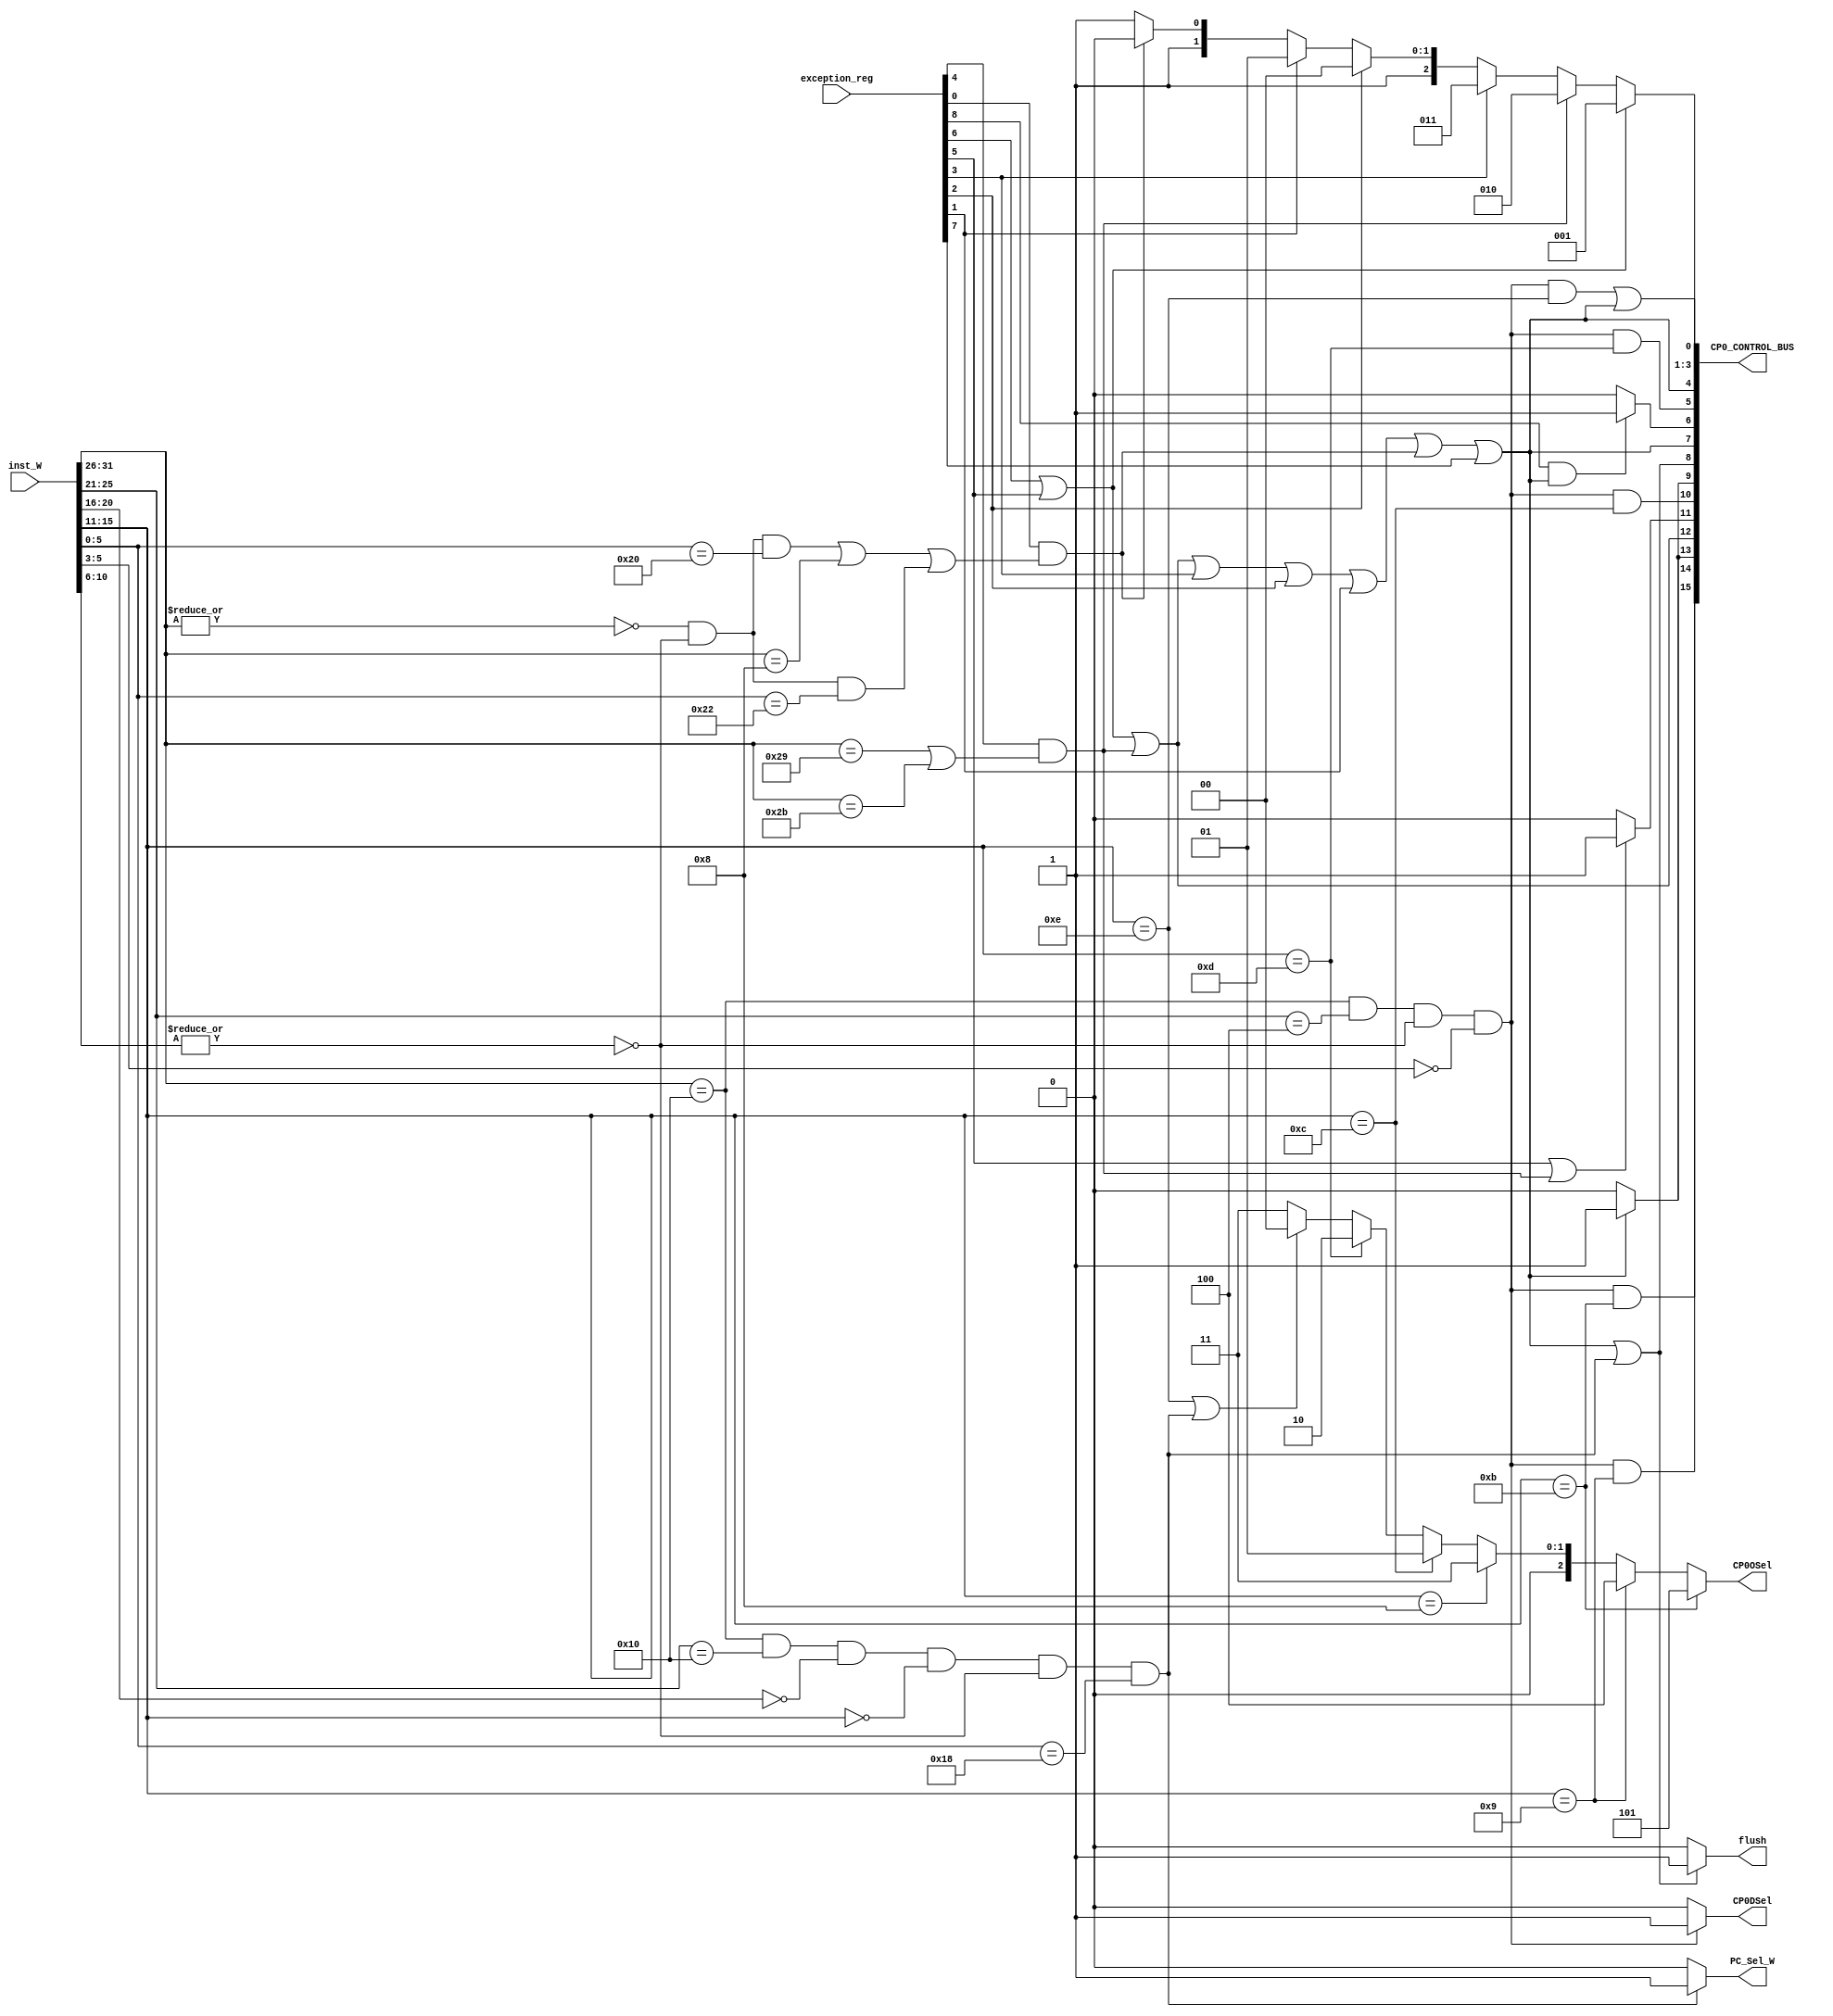
module CP0_Control(
    input [31:0] inst_W,
    input [8:0] exception_reg,
    output [15:0] CP0_CONTROL_BUS,
    output flush,
    output PC_Sel_W,
    output CP0DSel,
    output [2:0] CP0OSel
);
    `define rd 15 : 11
    //
        wire [5:0] op ;
        wire [4:0] sa ;
        wire [5:0] funct ;
        wire [4:0] rs ;
        wire [4:0] rt ;
        wire [4:0] rd ;
        assign op = inst_W[31:26] ;
        assign sa = inst_W[10:6] ;
        assign funct = inst_W[5:0] ;
        assign rs = inst_W[25:21] ;
        assign rt = inst_W[20:16] ;
        assign rd = inst_W[15:11] ;
        //
        wire inst_ADD , inst_ADDI , inst_ADDU , inst_ADDIU , inst_SUB , inst_SUBU ;
        wire inst_SLT , inst_SLTI , inst_SLTU , inst_SLTIU ;
        wire inst_DIV , inst_DIVU , inst_MULT , inst_MULTU ;
        wire inst_AND , inst_ANDI , inst_LUI , inst_NOR , inst_OR , inst_ORI , inst_XOR , inst_XORI ;
        wire inst_SLLV ,inst_SLL , inst_SRAV , inst_SRA , inst_SRLV , inst_SRL ;
        wire inst_BEQ , inst_BNE , inst_BGEZ , inst_BGTZ , inst_BLEZ , inst_BLTZ , inst_BGEZAL , inst_BLTZAL ;
        wire inst_J , inst_JAL , inst_JR , inst_JALR ;
        wire inst_MFHI , inst_MFLO , inst_MTHI , inst_MTLO ;
        wire inst_BREAK , inst_SYSCALL ;
        wire inst_LB , inst_LBU , inst_LH , inst_LHU , inst_LW , inst_SB , inst_SH ,inst_SW ;
        wire inst_ERET , inst_MFC0 , inst_MTC0 ;
        wire op_zero; //  0
        wire sa_zero; // sa  0
        assign op_zero = ~(|op);
        assign sa_zero = ~(|sa); 
        assign inst_ADD = op_zero & sa_zero & (funct == 6'b100000);//
        assign inst_ADDI = (op == 6'b001000);//
        assign inst_ADDU = op_zero & sa_zero & (funct == 6'b100001);//
        assign inst_ADDIU = (op == 6'b001001);//
        assign inst_SUB = op_zero & sa_zero & (funct == 6'b100010);//
        assign inst_SUBU = op_zero & sa_zero & (funct == 6'b100011);//
        assign inst_SLT = op_zero & sa_zero & (funct == 6'b101010);//
        assign inst_SLTI = (op == 6'b001010);//
        assign inst_SLTU = op_zero & sa_zero & (funct == 6'b101011);//
        assign inst_SLTIU = (op == 6'b001011);//
        assign inst_DIV = op_zero & sa_zero & (funct == 6'b011010) & (rd == 5'b0);//
        assign inst_DIVU = op_zero & sa_zero & (funct == 6'b011011) & (rd == 5'b0);//
        assign inst_MULT = op_zero & sa_zero & (funct == 6'b011000) & (rd == 5'b0);//
        assign inst_MULTU = op_zero & sa_zero & (funct == 6'b011001) & (rd == 5'b0);//
        assign inst_AND = op_zero & sa_zero & (funct == 6'b100100);//
        assign inst_ANDI = (op == 6'b001100);//
        assign inst_LUI = (op == 6'b001111) & (rs==5'd0);// 
        assign inst_NOR = op_zero & sa_zero & (funct == 6'b100111);//
        assign inst_OR = op_zero & sa_zero & (funct == 6'b100101);//
        assign inst_ORI = (op == 6'b001101);//
        assign inst_XOR = op_zero & sa_zero & (funct == 6'b100110);//
        assign inst_XORI = (op == 6'b001110);//
        assign inst_SLL = op_zero & (rs==5'd0) & (funct == 6'b000000);//
        assign inst_SLLV = op_zero & sa_zero & (funct == 6'b000100);//
        assign inst_SRA = op_zero & (rs==5'd0) & (funct == 6'b000011);//
        assign inst_SRAV = op_zero & sa_zero & (funct == 6'b000111);//
        assign inst_SRL = op_zero & (rs==5'd0) & (funct == 6'b000010);//
        assign inst_SRLV = op_zero & sa_zero & (funct == 6'b000110);//
        assign inst_BEQ = (op == 6'b000100); //
        assign inst_BNE = (op == 6'b000101); //
        assign inst_BGEZ = (op == 6'b000001) & (rt==5'd1);// 0 
        assign inst_BGTZ = (op == 6'b000111) & (rt==5'd0);// 0 
        assign inst_BLEZ = (op == 6'b000110) & (rt==5'd0);// 0 
        assign inst_BLTZ = (op == 6'b000001) & (rt==5'd0);// 0 
        assign inst_BGEZAL = (op == 6'b000001) & (rt == 5'b10001);//0PC+8
        assign inst_BLTZAL = (op == 6'b000001) & (rt == 5'b10000);//0PC+8
        assign inst_J = (op == 6'b000010);//
        assign inst_JAL = (op == 6'b000011);//PC+8
        assign inst_JALR = op_zero & (rt==5'd0) & (rd==5'd31)
         & sa_zero & (funct == 6'b001001); //
        assign inst_JR = op_zero & (rt==5'd0) & (rd==5'd0 )
         & sa_zero & (funct == 6'b001000); //
        assign inst_MFLO = op_zero & (rs==5'd0) & (rt==5'd0)
         & sa_zero & (funct == 6'b010010); // LO 
        assign inst_MFHI = op_zero & (rs==5'd0) & (rt==5'd0)
         & sa_zero & (funct == 6'b010000); // HI 
        assign inst_MTLO = op_zero & (rt==5'd0) & (rd==5'd0)
         & sa_zero & (funct == 6'b010011); // LO 
        assign inst_MTHI = op_zero & (rt==5'd0) & (rd==5'd0)
         & sa_zero & (funct == 6'b010001); // HI 
        assign inst_BREAK = (op == 6'b000000) & (funct == 6'b001101);//
        assign inst_SYSCALL = (op == 6'b000000) & (funct == 6'b001100);//SYSCALL
        assign inst_LB = (op == 6'b100000); //load 
        assign inst_LBU = (op == 6'b100100); //load 
        assign inst_LH = (op == 6'b100001);//load
        assign inst_LHU = (op == 6'b100101);//load0
        assign inst_LW = (op == 6'b100011); //
        assign inst_SB = (op == 6'b101000); //
        assign inst_SH = (op == 6'b101001);//
        assign inst_SW = (op == 6'b101011); //
        assign inst_ERET = (op == 6'b010000) & (rs == 5'b10000) & (rt == 5'b0) & (rd == 5'b0) & sa_zero & (funct == 6'b011000);//ERET
        assign inst_MFC0 = (op == 6'b010000) & (rs == 5'b0) & sa_zero & (funct[5:3] == 3'b0);//CP0
        assign inst_MTC0 = (op == 6'b010000) & (rs == 5'b00100) & sa_zero & (funct[5:3] == 3'b0);//CP0 
        //
        wire cal_r ;//R
        wire cal_i ;//I
        wire br_rs_al ;//rs 31
        wire jal_al ;//(31)
        wire jalr_rs_al ;//(rs 31)
        wire mfhi , mflo , mfc0  ;//
        wire load , store ;  //
        assign cal_r = inst_ADD | inst_ADDU | inst_SUB | inst_SUBU | inst_SLT | inst_SLTU | inst_AND | inst_NOR | inst_OR | inst_XOR | inst_SLLV
                     | inst_SLL | inst_SRAV | inst_SRA | inst_SRLV | inst_SRL ;
        assign cal_i = inst_ADDI | inst_ADDIU | inst_SLTI | inst_SLTIU | inst_ANDI | inst_ANDI | inst_LUI | inst_ORI | inst_XORI ;
        assign br_rs_al = inst_BGEZAL | inst_BLTZAL ;
        assign jal_al = inst_JAL ;
        assign jalr_rs_al = inst_JALR ;
        assign mfhi = inst_MFHI ;
        assign mflo = inst_MFLO ;
        assign mfc0 = inst_MFC0 ;
        assign load = inst_LB | inst_LBU | inst_LH | inst_LHU | inst_LW ;
        assign store = inst_SB | inst_SH | inst_SW ;  

    //
        wire BD ;//
        wire  AdEL_PC ,AdEL_LD  , AdES , Sys , Bp , Rl ,Ov ,INT ,Exception_All;
        assign INT = exception_reg[7];
        assign BD = exception_reg[8] ;
        assign AdEL_PC = exception_reg[6] ; // 
        assign AdEL_LD = exception_reg[5] ; // 
        assign AdES = exception_reg[4] & (inst_SH | inst_SW);
        assign Sys = exception_reg[3] ;
        assign Bp = exception_reg[2] ;
        assign Rl = exception_reg[1] ;
        assign Ov = exception_reg[0] & (inst_ADD | inst_ADDI | inst_SUB ) ;
        assign Exception_All = AdEL_PC | AdEL_LD | AdES | Sys | Bp | Rl | Ov | INT;
        /*flush*/
        assign flush = (Exception_All | inst_ERET) ? 1 : 0;
       
        // CP0
        assign CP0DSel = inst_MTC0 ? 1'b1 : 1'b0 ;
        //CP0
        assign CP0OSel =  inst_W[`rd] == 5'b01011 ? 3'b101 :
                          inst_W[`rd] == 5'b01001 ? 3'b100 :
                          inst_W[`rd] == 5'b01000 ? 3'b011 :
                          inst_W[`rd] == 5'b01100 ? 3'b001 :
                          inst_W[`rd] == 5'b01101 ? 3'b010 :
                          (inst_W[`rd] == 5'b01110 | inst_ERET) ? 3'b000 :
                          3'b011 ;
        //CP0 
        wire cp0_choice ;  
        wire badaddr_wden ;//
        wire badaddr_choice ;
        wire Status_wden ;//status
        wire Status_EXL_wden ;//statusEXL
        wire Status_EXL_choice ;
        wire Cause_BD_wden ;
        wire Cause_BD_choice ;
        wire Cause_IP_10_wden ;
        wire Cause_ExcCode_wden ;
        wire [2:0] Cause_ExcCode_choice ;
        wire Epc_wden ;
        wire Count_wden;//Count
        wire Compare_wden;//Compare
        
        assign cp0_choice = Exception_All ? 1'b1 : 1'b0 ;
        assign badaddr_wden = AdEL_PC | AdEL_LD | AdES ;
        assign badaddr_choice = AdEL_LD | AdES ? 1'b1 : 1'b0 ;
        assign Status_wden = inst_MTC0 & inst_W[`rd] == 5'b01100 ;
        assign Status_EXL_choice = Exception_All ? 1'b1 : 1'b0 ; //
        assign Status_EXL_wden = Exception_All | inst_ERET ;
        assign Cause_BD_wden = Exception_All ;
        //assign Status_IE_wden = interrupt ;//
        assign Cause_BD_choice = BD & Exception_All ? 1'b1 : 1'b0 ;
        assign Cause_IP_10_wden = inst_MTC0 & inst_W[`rd] == 5'b01101 ;
        assign Cause_ExcCode_wden = Exception_All ;
        assign Cause_ExcCode_choice = AdEL_PC | AdEL_LD ? 3'b001 :
                                      AdES ? 3'b010 :
                                      Sys ? 3'b011 :
                                      Bp ? 3'b100 :
                                      Rl ? 3'b101 :
                                      Ov ? 3'b110 : 3'b111 ;
        assign Epc_wden = inst_MTC0 & inst_W[`rd] == 5'b01110 | Exception_All ;
        assign Count_wden = inst_MTC0 & inst_W[`rd] == 5'b01001;
        assign Compare_wden = inst_MTC0 & inst_W[`rd] == 5'b01011;
        assign CP0_CONTROL_BUS = {Compare_wden,Count_wden,cp0_choice , badaddr_wden ,badaddr_choice ,Status_wden , Status_EXL_choice ,Status_EXL_wden ,Cause_BD_wden ,
                                  Cause_BD_choice ,Cause_IP_10_wden ,Cause_ExcCode_wden , Cause_ExcCode_choice[2:0] , Epc_wden};
        assign PC_Sel_W = inst_ERET ? 1'b1 : 1'b0 ;
        


endmodule